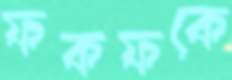
ফকফকে